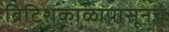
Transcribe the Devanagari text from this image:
ब्रिटिशकाळापासूनच